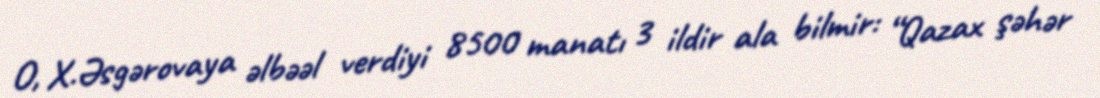
O, X.Əsgərovaya əlbəəl verdiyi 8500 manatı 3 ildir ala bilmir: “Qazax şəhər